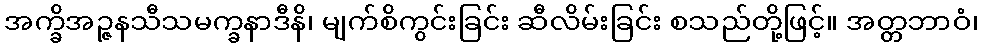
အက္ခိအဉ္ဇနသီသမက္ခနာဒီနိ၊ မျက်စိကွင်းခြင်း ဆီလိမ်းခြင်း စသည်တို့ဖြင့်။ အတ္တဘာဝံ၊